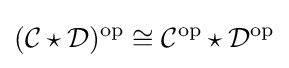
({\mathcal {C}}\star {\mathcal {D}})^{\mathrm {op} }\cong {\mathcal {C}}^{\mathrm {op} }\star {\mathcal {D}}^{\mathrm {op} }